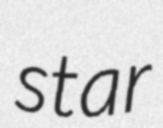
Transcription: star